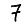
Digit: 7